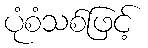
ပုံစံသစ်ဖြင့်